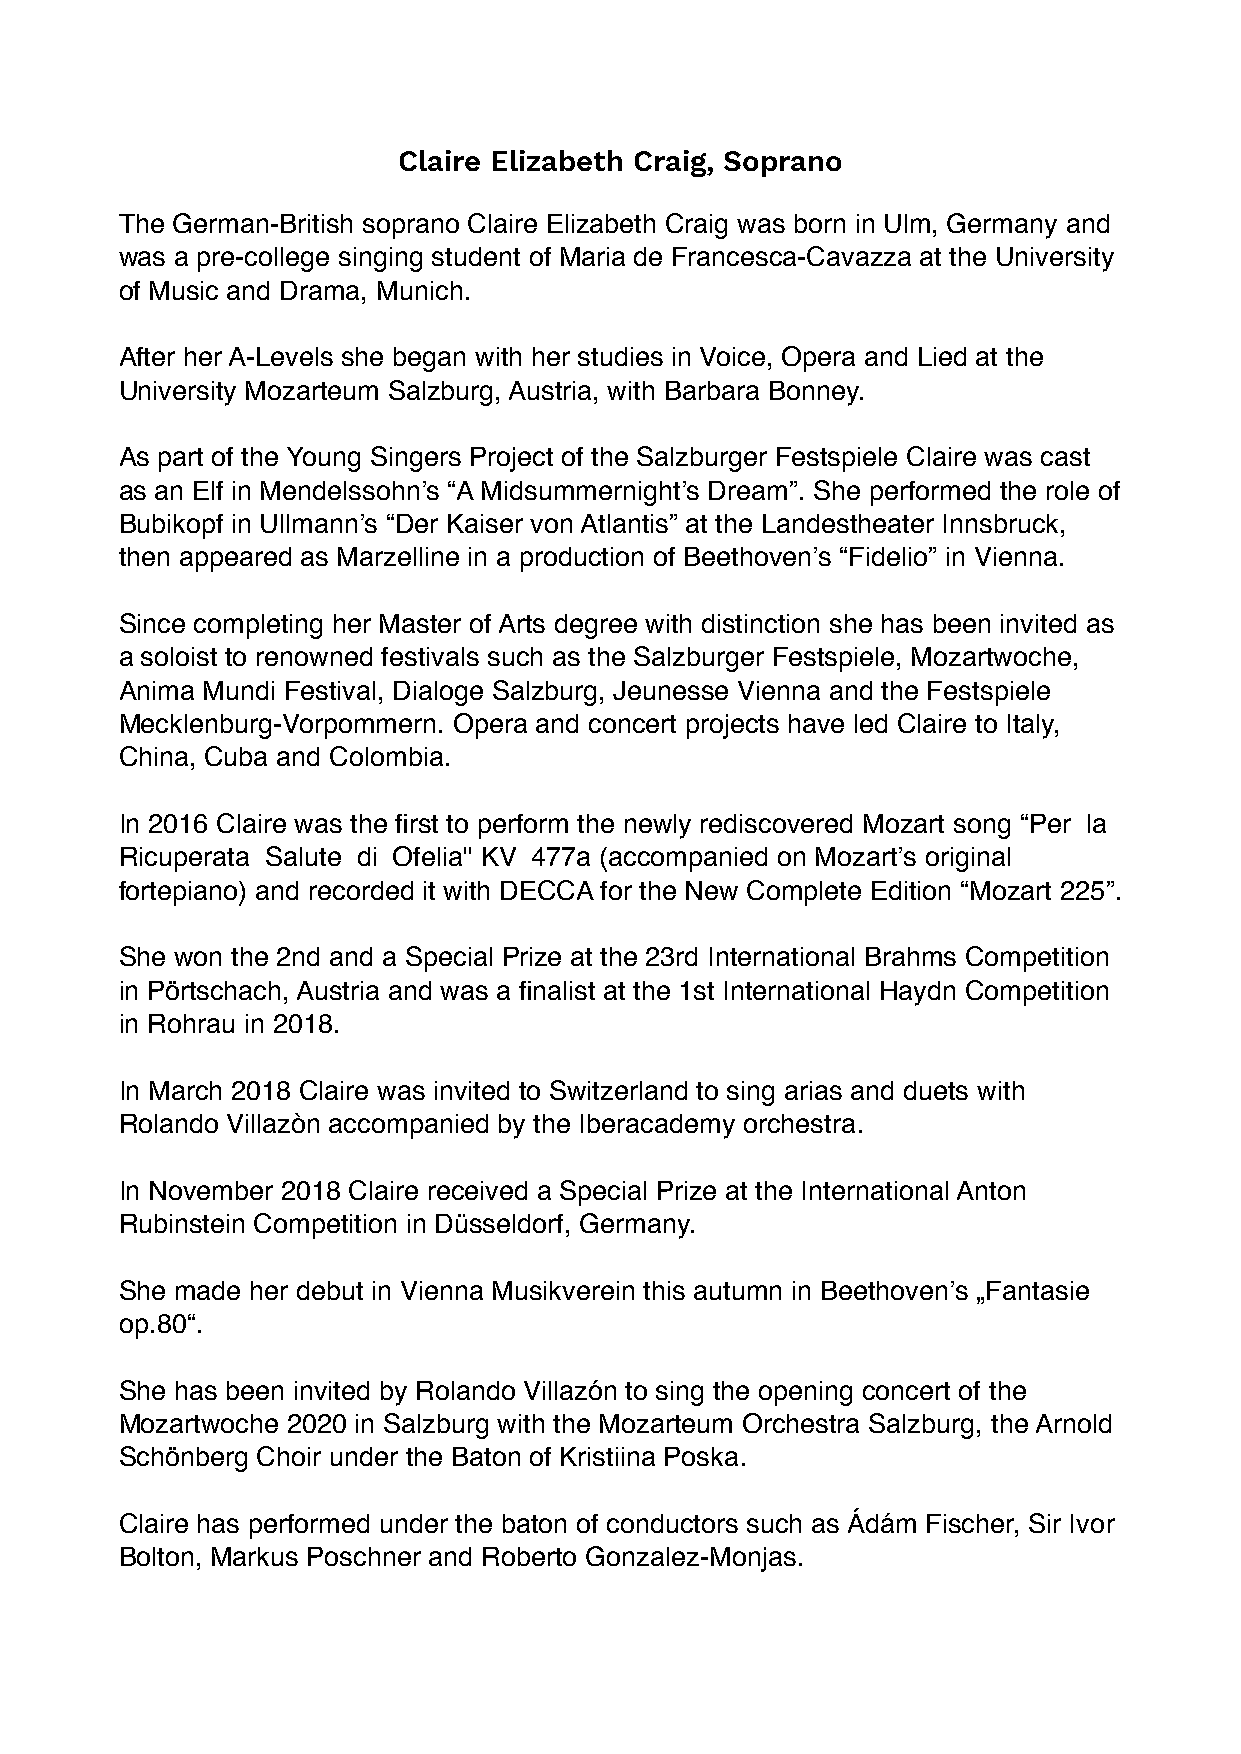
Claire Elizabeth Craig, Soprano
 The German-British soprano Claire Elizabeth Craig was born in Ulm, Germany and
 was a pre-college singing student of Maria de Francesca-Cavazza at the University
 of Music and Drama, Munich.
 After her A-Levels she began with her studies in Voice, Opera and Lied at the
 University Mozarteum Salzburg, Austria, with Barbara Bonney.
 As part of the Young Singers Project of the Salzburger Festspiele Claire was cast
 as an Elf in Mendelssohn’s “A Midsummernight’s Dream”. She performed the role of
 Bubikopf in Ullmann’s “Der Kaiser von Atlantis” at the Landestheater Innsbruck,
 then appeared as Marzelline in a production of Beethoven’s “Fidelio” in Vienna.
 Since completing her Master of Arts degree with distinction she has been invited as
 a soloist to renowned festivals such as the Salzburger Festspiele, Mozartwoche,
 Anima Mundi Festival, Dialoge Salzburg, Jeunesse Vienna and the Festspiele
 Mecklenburg-Vorpommern. Opera and concert projects have led Claire to Italy,
 China, Cuba and Colombia.
 In 2016 Claire was the first to perform the newly rediscovered Mozart song “Per la
 Ricuperata Salute di Ofelia" KV 477a (accompanied on Mozart’s original
 fortepiano) and recorded it with DECCA for the New Complete Edition “Mozart 225”.
 She won the 2nd and a Special Prize at the 23rd International Brahms Competition
 in Pörtschach, Austria and was a finalist at the 1st International Haydn Competition
 in Rohrau in 2018.
 In March 2018 Claire was invited to Switzerland to sing arias and duets with
 Rolando Villazòn accompanied by the Iberacademy orchestra.
 In November 2018 Claire received a Special Prize at the International Anton
 Rubinstein Competition in Düsseldorf, Germany.
 She made her debut in Vienna Musikverein this autumn in Beethoven’s „Fantasie
 op.80“.
 She has been invited by Rolando Villazón to sing the opening concert of the
 Mozartwoche 2020 in Salzburg with the Mozarteum Orchestra Salzburg, the Arnold
 Schönberg Choir under the Baton of Kristiina Poska.
 Claire has performed under the baton of conductors such as Ádám Fischer, Sir Ivor
 Bolton, Markus Poschner and Roberto Gonzalez-Monjas.